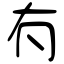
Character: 𠕇